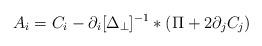
LaTeX: \begin{align*}A_{i} = C_i - {\partial_i}[\Delta_\perp]^{-1}*(\Pi +2 \partial_j C_j)\end{align*}